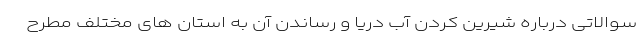
سوالاتی درباره شیرین کردن آب دریا و رساندن آن به استان های مختلف مطرح